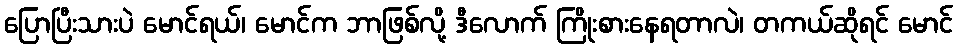
ပြောပြီးသားပဲ မောင်ရယ်၊ မောင်က ဘာဖြစ်လို့ ဒီလောက် ကြိုးစားနေရတာလဲ၊ တကယ်ဆိုရင် မောင်